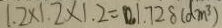
1 . 2 \times 1 . 2 \times 1 . 2 = 0 . 1 . 7 2 8 ( d m ^ { 3 } )